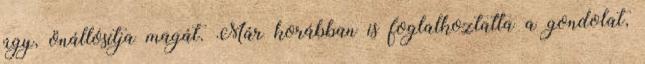
úgy, önállósítja magát. Már korábban is foglalkoztatta a gondolat,